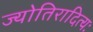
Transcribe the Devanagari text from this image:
ज्योतिरादित्यः